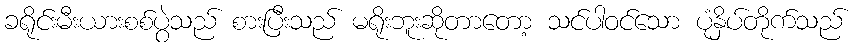
ခရိုင်းမီးယားစစ်ပွဲသည် စားပြီးသည် မရိုးဘူးဆိုတာတော့ သင်ပါဝင်သော ပုံနှိပ်တိုက်သည်